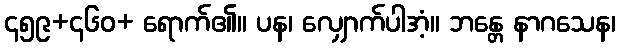
၄၅၉+၄၆၀+ ရောက်၏။ ပန၊ လျှောက်ပါအံ့။ ဘန္တေ နာဂသေန၊